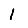
Digit: 1